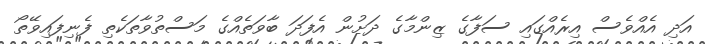
އަދި އެއްވެސް އިރެއްގައި ސަފާގެ ޒިންމާގެ ދަށުން އެފަދަ ބާވަތެއްގެ މަސްތުވާތަކެތި ފެނިފައިވޭތޯ